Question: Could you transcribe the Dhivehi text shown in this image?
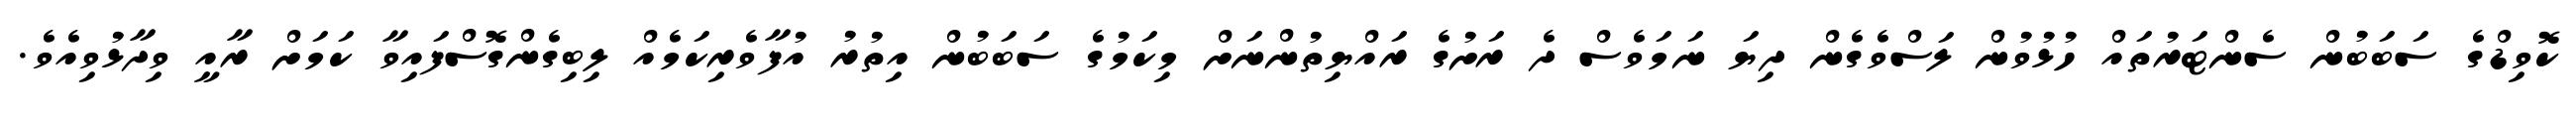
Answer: ކޮވިޑްގެ ސަބަބުން ސެންޓަރުތައް ހުޅުވުން ލަސްވެގެން ދިޔަ ނަމަވެސް ދެ ރަށުގެ ރައްޔިތުންނަށް މިކަމުގެ ސަބަބުން އިތުރު އުފާވެރިކަމެއް ލިބިގެންގޮސްފައިވާ ކަމަށް ރާއީ ވިދާޅުވިއެވެ.